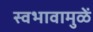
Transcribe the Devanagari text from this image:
स्वभावामुळें